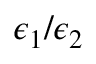
\boldsymbol { \epsilon _ { 1 } } / \boldsymbol { \epsilon _ { 2 } }